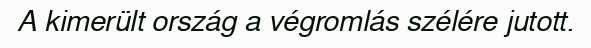
A kimerült ország a végromlás szélére jutott.